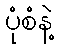
ပုံစံနဲ့